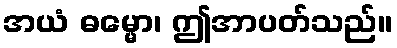
အယံ ဓမ္မော၊ ဤအာပတ်သည်။